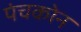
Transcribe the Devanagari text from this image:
पंचकोन